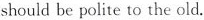
should be polite to the old.